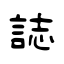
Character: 誌